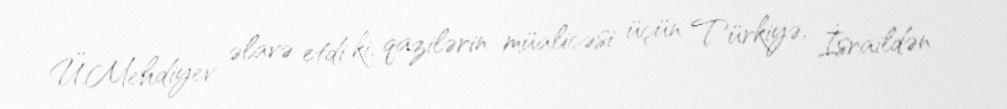
Ü.Mehdiyev əlavə etdi ki, qazilərin müalicəsi üçün Türkiyə, İsraildən